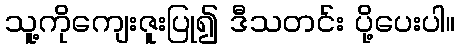
သူ့ကိုကျေးဇူးပြု၍ ဒီသတင်း ပို့ပေးပါ။